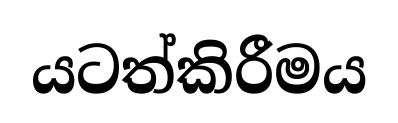
යටත්කිරීමය